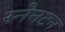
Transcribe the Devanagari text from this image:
स्नेनटन